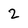
Character: 2